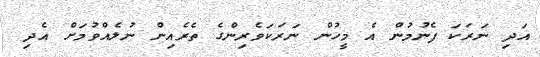
އަދި ނަރަކަ ފެނުމުން އެ މީހުން ނަރަކަވެރިންގެ ތެރެއިން ނުލެއްވުމަށް އެދި